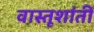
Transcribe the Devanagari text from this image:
वास्तूशांती